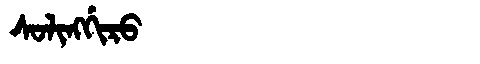
Manchu: ᠰᠣᠯᡳᠩᡤᡳᡵᠣ
Romanization: SOLINGGIRO